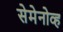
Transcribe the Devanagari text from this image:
सेमेनोव्ह